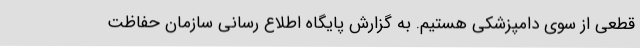
قطعی از سوی دامپزشکی هستیم. به گزارش پایگاه اطلاع رسانی سازمان حفاظت